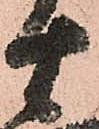
十